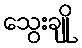
သွေးချို